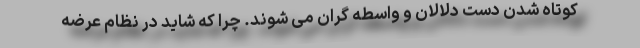
کوتاه شدن دست دلالان و واسطه گران می شوند. چرا که شاید در نظام عرضه